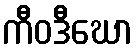
ကီဝဒီဃော